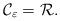
LaTeX: \begin{align*} \mathcal{C}_\varepsilon = \mathcal{R}_{}. \end{align*}